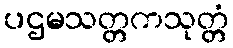
ပဌမသတ္တကသုတ္တံ